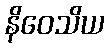
နိဝေသိယ